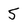
Character: 5